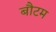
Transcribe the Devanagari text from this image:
बौटम